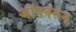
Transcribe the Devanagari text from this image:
जॉबवरून